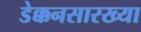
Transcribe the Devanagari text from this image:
डेक्कनसारख्या